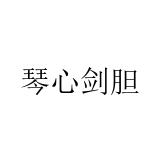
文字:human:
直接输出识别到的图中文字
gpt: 琴心剑胆